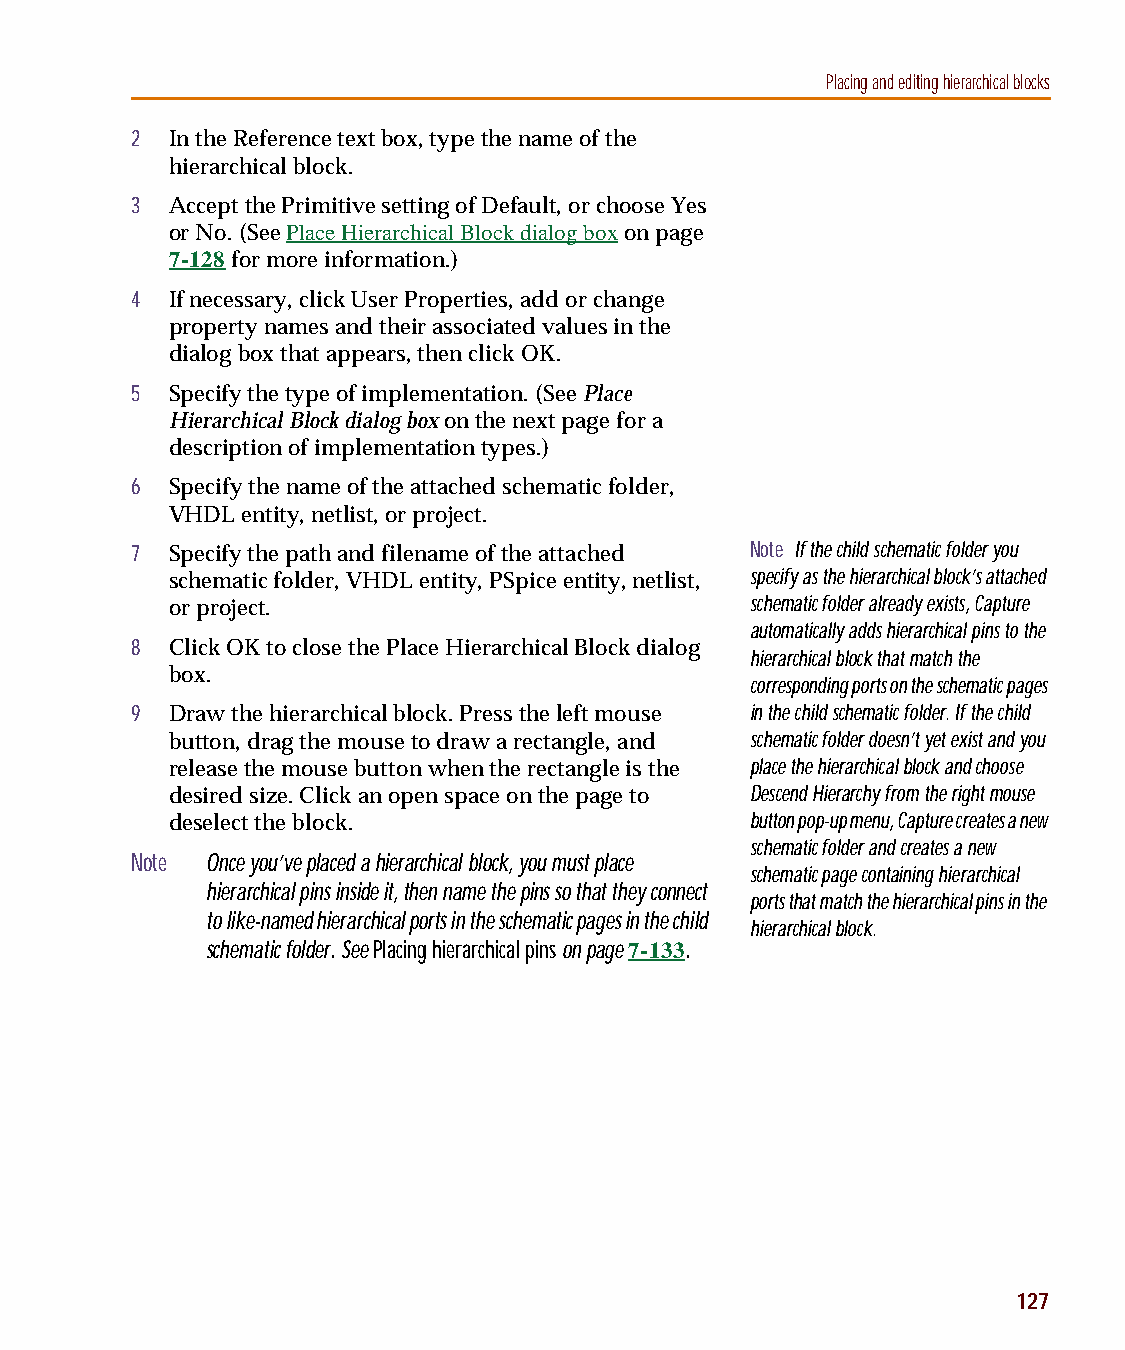
capug.book Page 127 Thursday, November 12, 1998 3:38 PM
 Placing and editing hierarchical blocks
 2 In the Reference text box, type the name of the
 hierarchical block.
 3 Accept the Primitive setting of Default, or choose Yes
 or No. (See Place Hierarchical Block dialog box on page
 7-128 for more information.)
 4 If necessary, click User Properties, add or change
 property names and their associated values in the
 dialog box that appears, then click OK.
 5 Specify the type of implementation. (See Place
 Hierarchical Block dialog box on the next page for a
 description of implementation types.)
 6 Specify the name of the attached schematic folder,
 VHDL entity, netlist, or project.
 7 Specify the path and filename of the attached Note If the child schematic folder you
 schematic folder, VHDL entity, PSpice entity, netlist, specify as the hierarchical block’s attached
 or project.                            schematic folder already exists, Capture
 automatically adds hierarchical pins to the
 8 Click OK to close the Place Hierarchical Block dialog
 hierarchical block that match the
 box.
 corresponding ports on the schematic pages
 9 Draw the hierarchical block. Press the left mouse in the child schematic folder. If the child
 button, drag the mouse to draw a rectangle, and schematic folder doesn’t yet exist and you
 release the mouse button when the rectangle is the place the hierarchical block and choose
 desired size. Click an open space on the page to Descend Hierarchy from the right mouse
 deselect the block.                    button pop-up menu, Capture creates a new
 schematic folder and creates a new
 Note Once you’ve placed a hierarchical block, you must place
 schematic page containing hierarchical
 hierarchical pins inside it, then name the pins so that they connect
 ports that match the hierarchical pins in the
 to like-named hierarchical ports in the schematic pages in the child
 hierarchical block.
 schematic folder. See Placing hierarchical pins on page 7-133.
 127